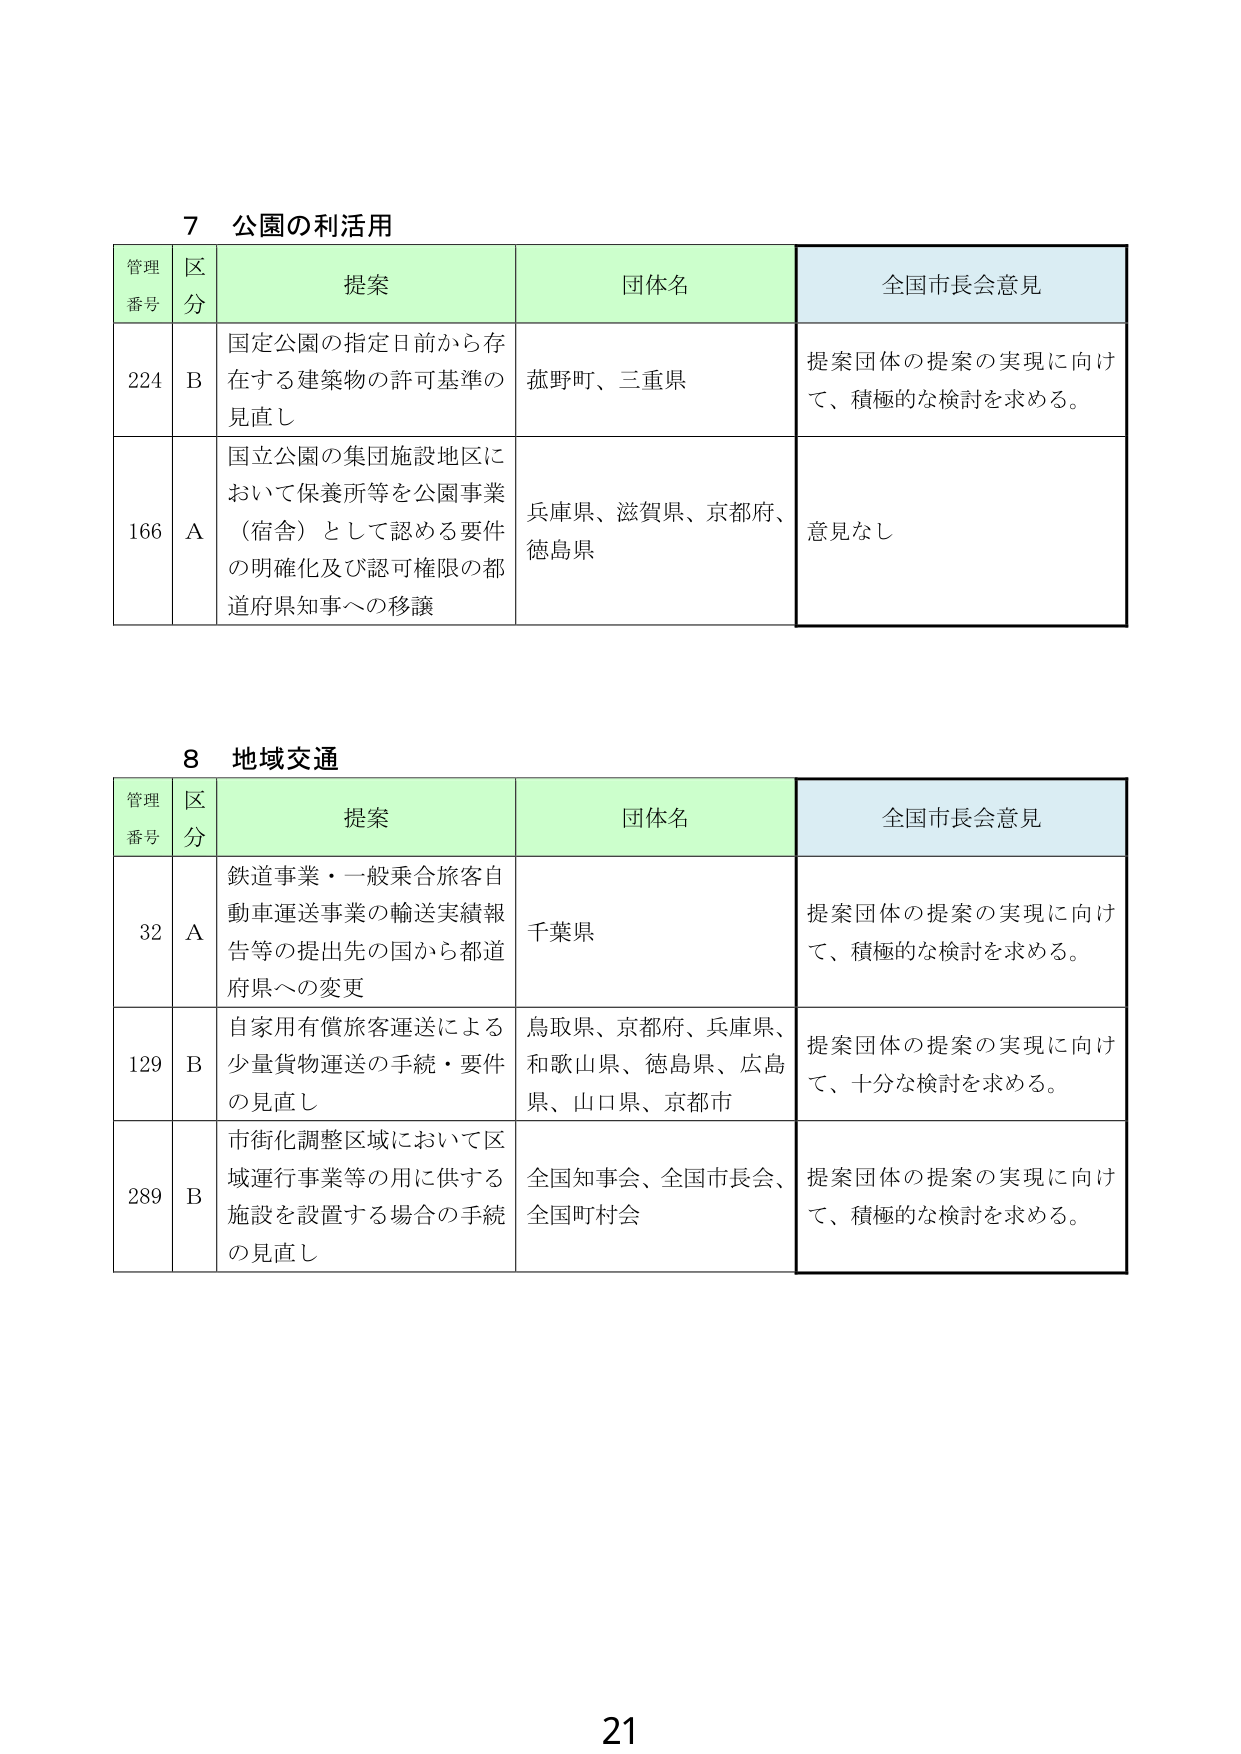
7 公園の利活用
管理番号 区分 提案 団体名 全国市長会意見
224 B 国定公園の指定日前から存在する建築物の許可基準の見直し 茅野町、三重県 提案団体の提案の実現に向けて、積極的な検討を求める。
166 A 国立公園の集団施設地区において保養所等を公園事業（宿舎）として認める要件の明確化及び認可権限の都道府県知事への移譲 兵庫県、滋賀県、京都府、徳島県 意見なし

8 地域交通
管理番号 区分 提案 団体名 全国市長会意見
32 A 鉄道事業・一般乗合旅客自動車運送事業の輸送実績報告等の提出先の国から都道府県への変更 千葉県 提案団体の提案の実現に向けて、積極的な検討を求める。
129 B 自家用有償旅客運送による少量貨物運送の手続・要件の見直し 鳥取県、京都府、兵庫県、和歌山県、徳島県、広島県、山口県、京都市 提案団体の提案の実現に向けて、十分な検討を求める。
289 B 市街化調整区域において区域運行事業等の用に供する施設を設置する場合の手続の見直し 全国知事会、全国市長会、全国町村会 提案団体の提案の実現に向けて、積極的な検討を求める。

21